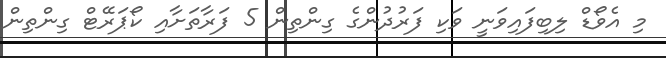
މި އެވޯޑް ލިބިފައިވަނީ ވަކި ފަރުދުންގެ ގިންތިން 5 ފަރާތަށާއި ކޯޕަރޭޓް ގިންތިން